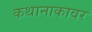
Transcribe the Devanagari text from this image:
कथानाकावर